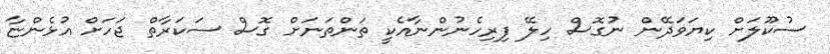
ސުކޫލަށް ކިޔަވަދޭން ނުގޮސް ހިލޭ ފިރިހެނުންނާއެކީ ތަންތަނަށް ގޮސް ސަކަރާތް ޖަހަށް އުޅެންޏާ